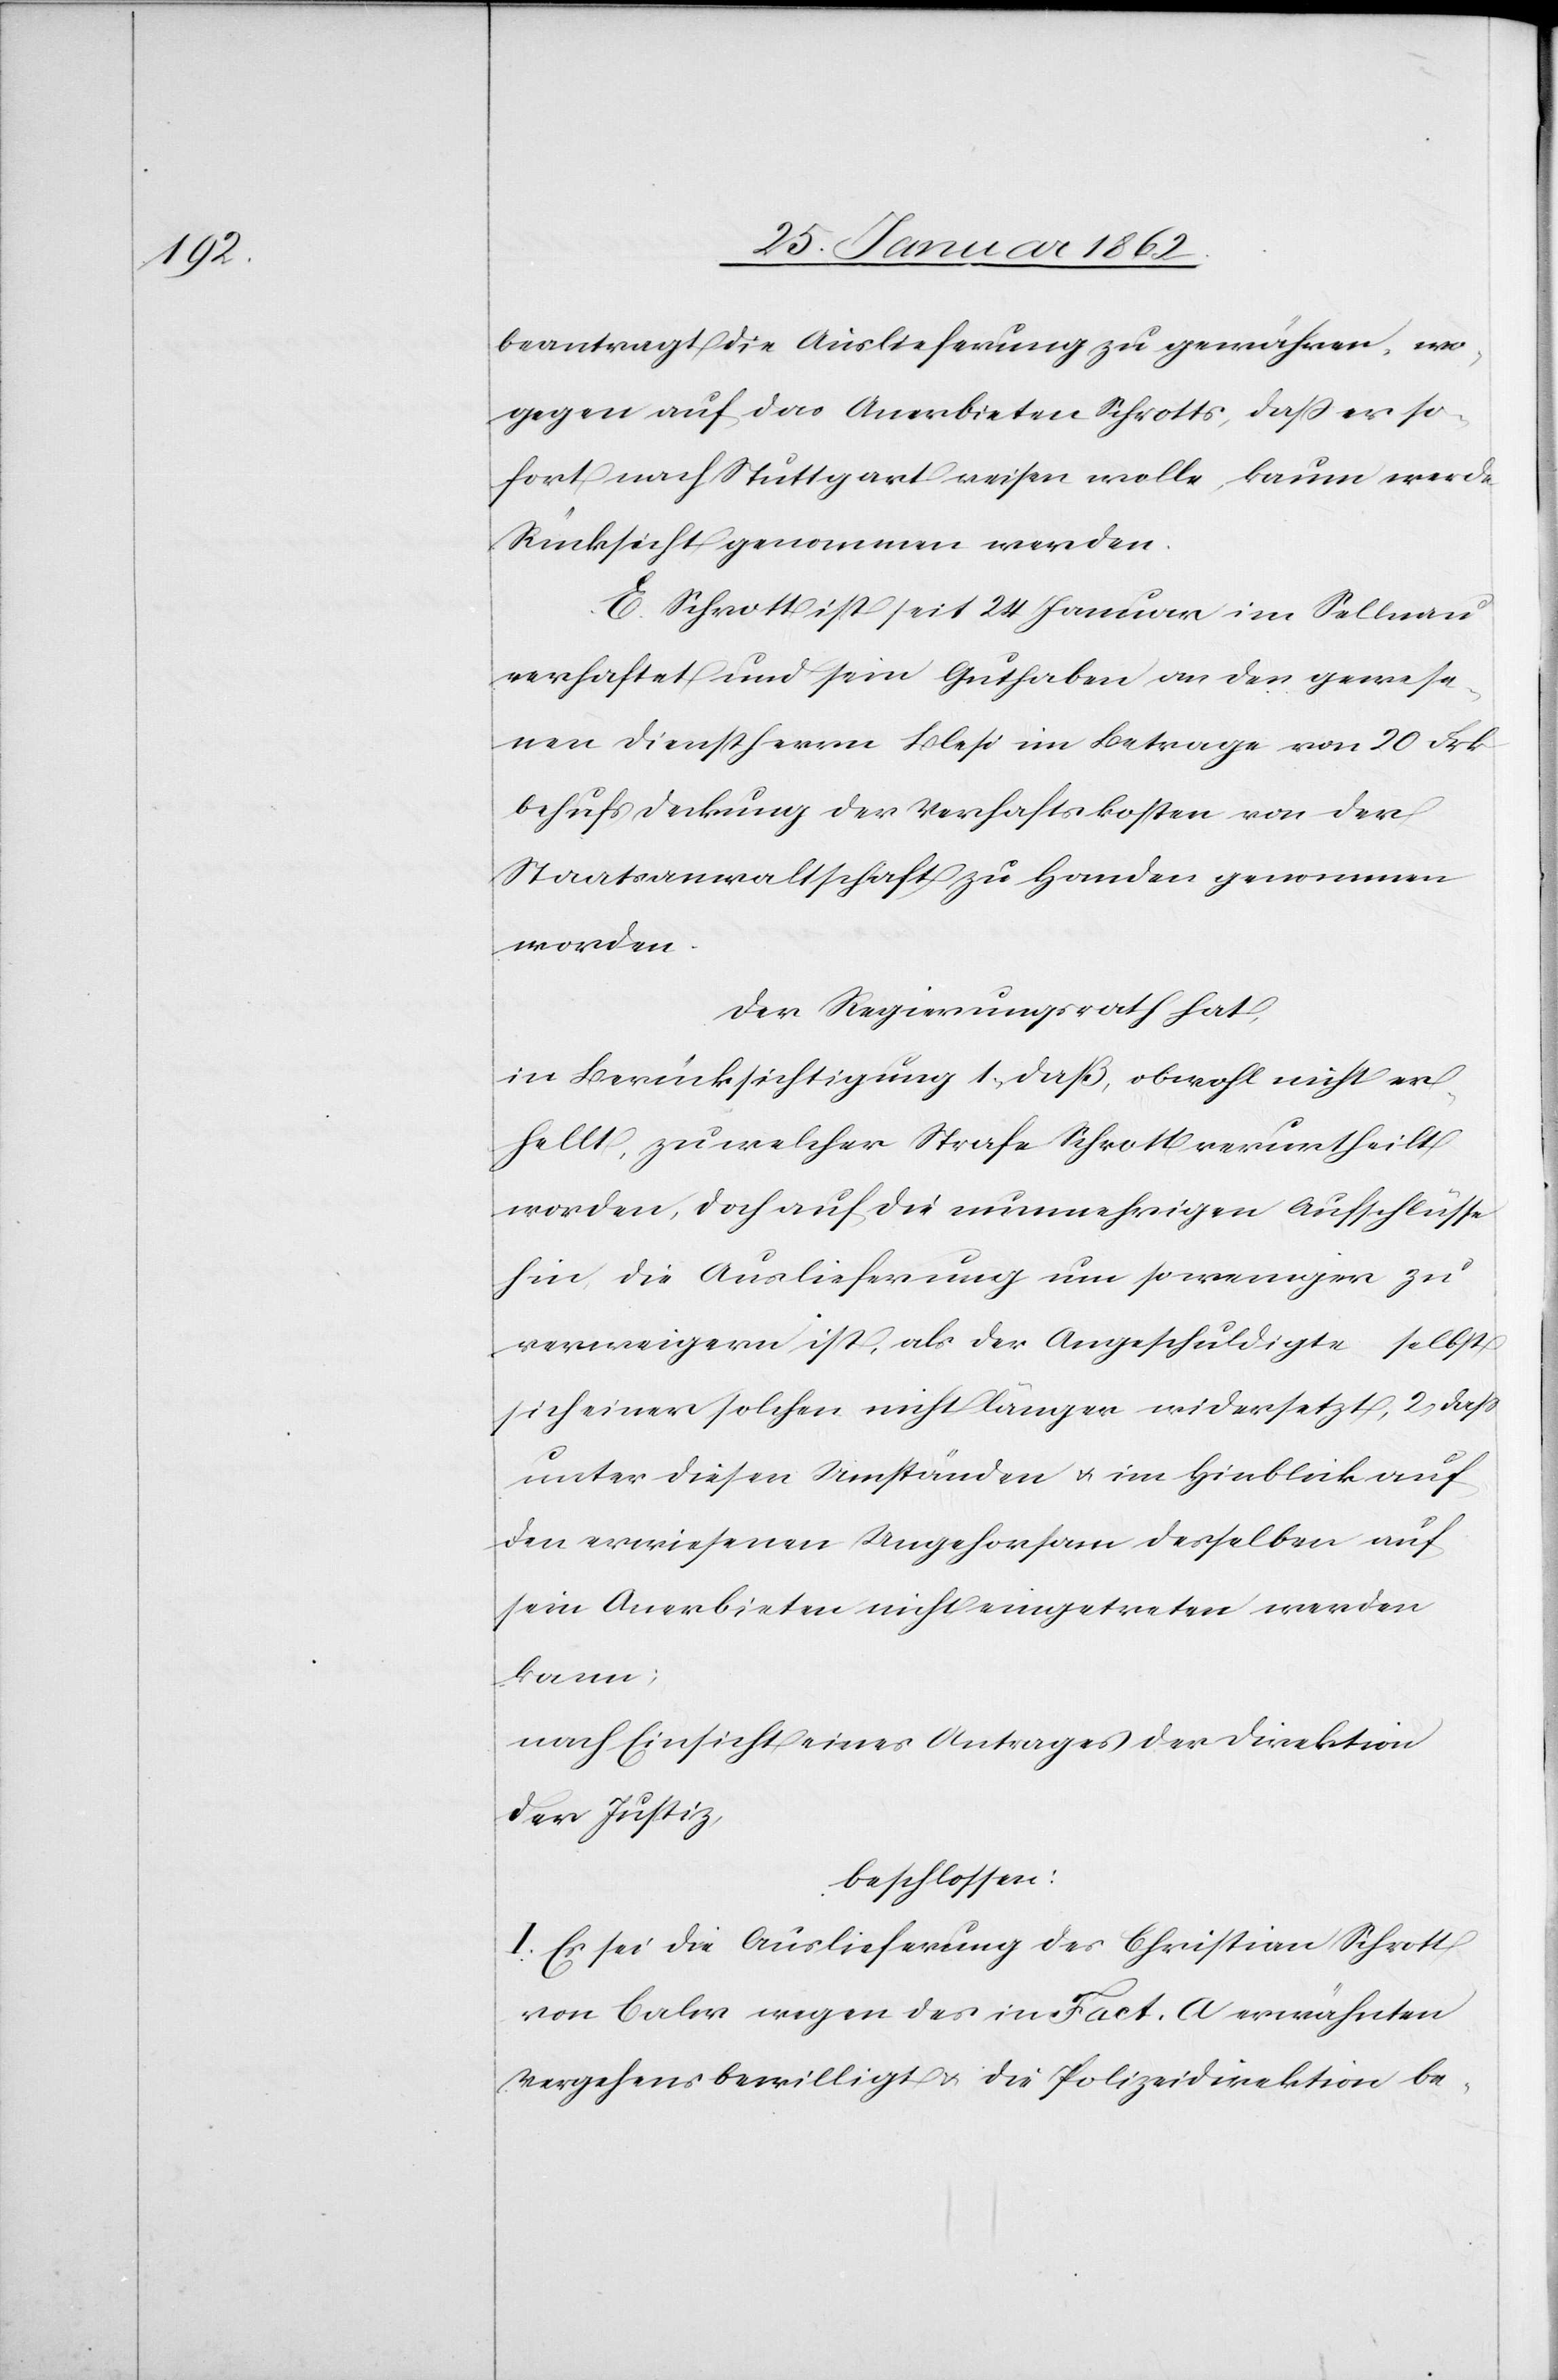
beantragt die Auslieferung zu gewähren, wo¬
gegen auf das Anerbieten Schrotts, daß er so¬
fort nach Stuttgart reisen wolle, kaum werde
Rücksicht genommen werden.
E. Schrott ist seit 24 Januar im Sellnau
verhaftet und sein Guthaben an den gewese¬
nen Dienstherrn Blesi im Betrage von 20 Frk
behufs Deckung der Verhaftskosten von der
Staatsanwaltschaft zu Handen genommen
worden.
Der Regierungsrath hat,
in Berücksichtigung 1., daß, obwohl nicht er¬
hellt, zu welcher Strafe Schrott verurtheilt
worden, doch auf die nunmehrigen Aufschlüsse
hin, die Auslieferung um so weniger zu
verweigern ist, als der Angeschuldigte selbst
sich einer solchen nicht länger widersetzt, 2., daß
unter diesen Umständen u. im Hinblick auf
den erwiesenen Ungehorsam desselben auf
sein Anerbieten nicht eingetreten werden
kann;
nach Einsicht eines Antrages der Direktion
der Justiz,
beschlossen:
I. Es sei die Auslieferung des Christian Schrott
von Calw wegen des in Fact. A erwähnten
Vergehens bewilligt u. die Polizeidirektion be-